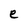
Character: e